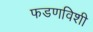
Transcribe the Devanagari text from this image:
फडणविशी